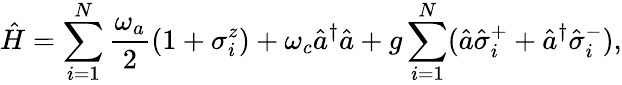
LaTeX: \hat{H}=\sum_{i=1}^{N}\frac{\omega_{a}}{2}(1+\sigma_{i}^{z})+\omega_{c}\hat{a}^{\dagger}\hat{a}+g\sum_{i=1}^{N}(\hat{a}\hat{\sigma}_{i}^{+}+\hat{a}^{\dagger}\hat{\sigma}_{i}^{-}),